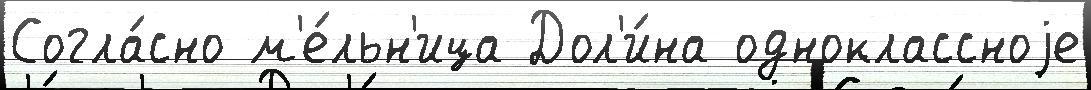
Согла́сно м'е́льн'ица Дол'и́на одноклассноjе